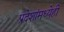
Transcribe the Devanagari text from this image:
प्रदेशांमध्येही